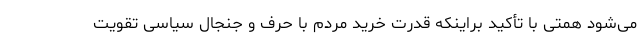
می‌شود همتی با تأکید براینکه قدرت خرید مردم با حرف و جنجال سیاسی تقویت